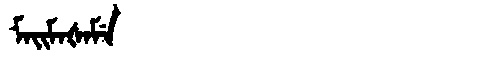
Manchu: ᠮᠠᡳᠮᠠᡧᠠᠮᡝ
Romanization: MAIMAŠAME